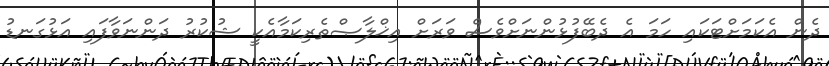
ދެން އެކަމަށްޓަކައި ހަމަ އެ ދެބޭފުޅުންނަށްވެސް ވަރަށް އިޚްލާޞްތެރިކަމާއެކީ ޝުކުރު ދަންނަވާފައި އަޅުގަނޑު